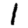
Digit: 1